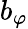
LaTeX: b_{\varphi}